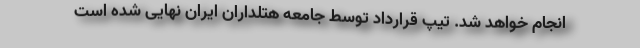
انجام خواهد شد. تیپ قرارداد توسط جامعه هتلداران ایران نهایی شده است